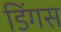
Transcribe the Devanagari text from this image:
डिंगस